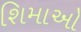
શિમાઓ